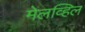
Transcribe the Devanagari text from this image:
मेलव्हिल